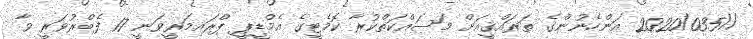
//2020/035 އަންހެނުންގެ ތަރައްޤީއަށް މަސައްކަތްކުރާ ކޮމެޓީގެ އެމްޑީޕީ ޕްރައިމަރީވަނީ 17 ފެބްރުވަރީ ވާ